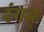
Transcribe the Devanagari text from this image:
रंगम्